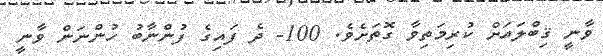
ވާނީ ޤިބްލައަށް ކުރިމަތިވާ ގޮތަށެވެ. 100- ދެ ފައިގެ ފުންނާބު ހުންނަން ވާނީ